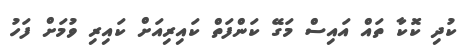
ކުދި ކޮކާ ތައް އައިސް މަގޭ ކަންފަތް ކައިރިއަށް ކައިރި ވުމަށް ފަހު